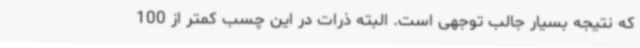
که نتیجه بسیار جالب توجهی است. البته ذرات در این چسب کمتر از 100